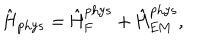
LaTeX: \hat { \mathrm { H } } _ { \mathrm { p h y s } } = \hat { \mathrm { H } } _ { \mathrm { F } } ^ { \mathrm { p h y s } } + \hat { \mathrm { H } } _ { \mathrm { E M } } ^ { \mathrm { p h y s } } ,